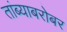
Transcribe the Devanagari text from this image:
तांब्याबरोबर